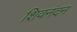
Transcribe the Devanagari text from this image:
शिवनंदन